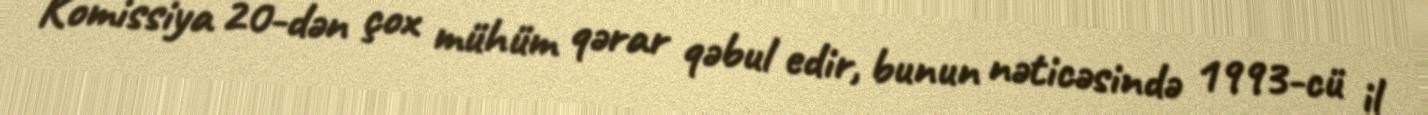
Komissiya 20-dən çox mühüm qərar qəbul edir, bunun nəticəsində 1993-cü il